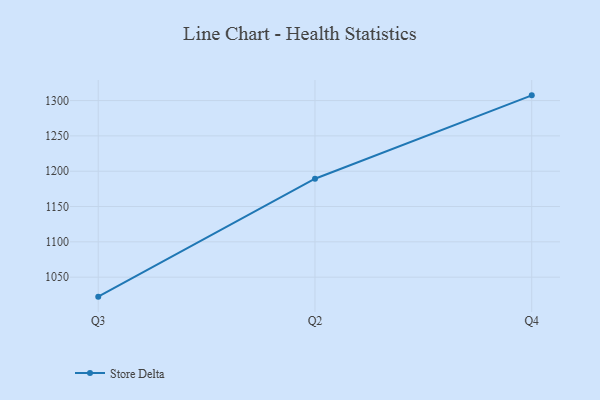
{"axis": {"x": "Quarter", "y": "Temperature (°C)"}, "legend": ["Store Delta"], "data": [{"x": "Q3", "y": 1022.4, "type": "Store Delta"}, {"x": "Q2", "y": 1189.4, "type": "Store Delta"}, {"x": "Q4", "y": 1307.4, "type": "Store Delta"}]}